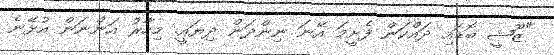
"ޒޫޝީ ބޮޑައި ދައްކަން ފެށީމަ އޭނަ ނިންދަން ދިޔައީ. މިހާރު އަންނަން އުޅޭނެ